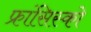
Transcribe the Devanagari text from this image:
फ्रांसिस्‍को